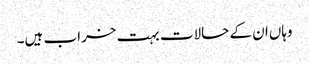
وہاں‌ان کے حالات بہت خراب ہیں۔